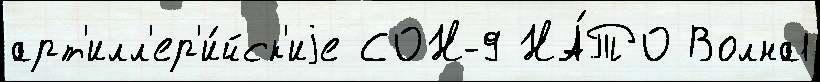
арт'илл'ер'и́йск'иjе СОН-9 НА́ТО Волна1